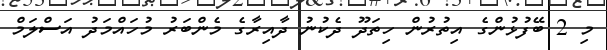
މި 2 ބޭފުޅުންގެ އިތުރުން ހިތަދޫ ދެކުނު ދާއިރާގެ މެންބަރު މުހައްމަދު އަސްލަމް